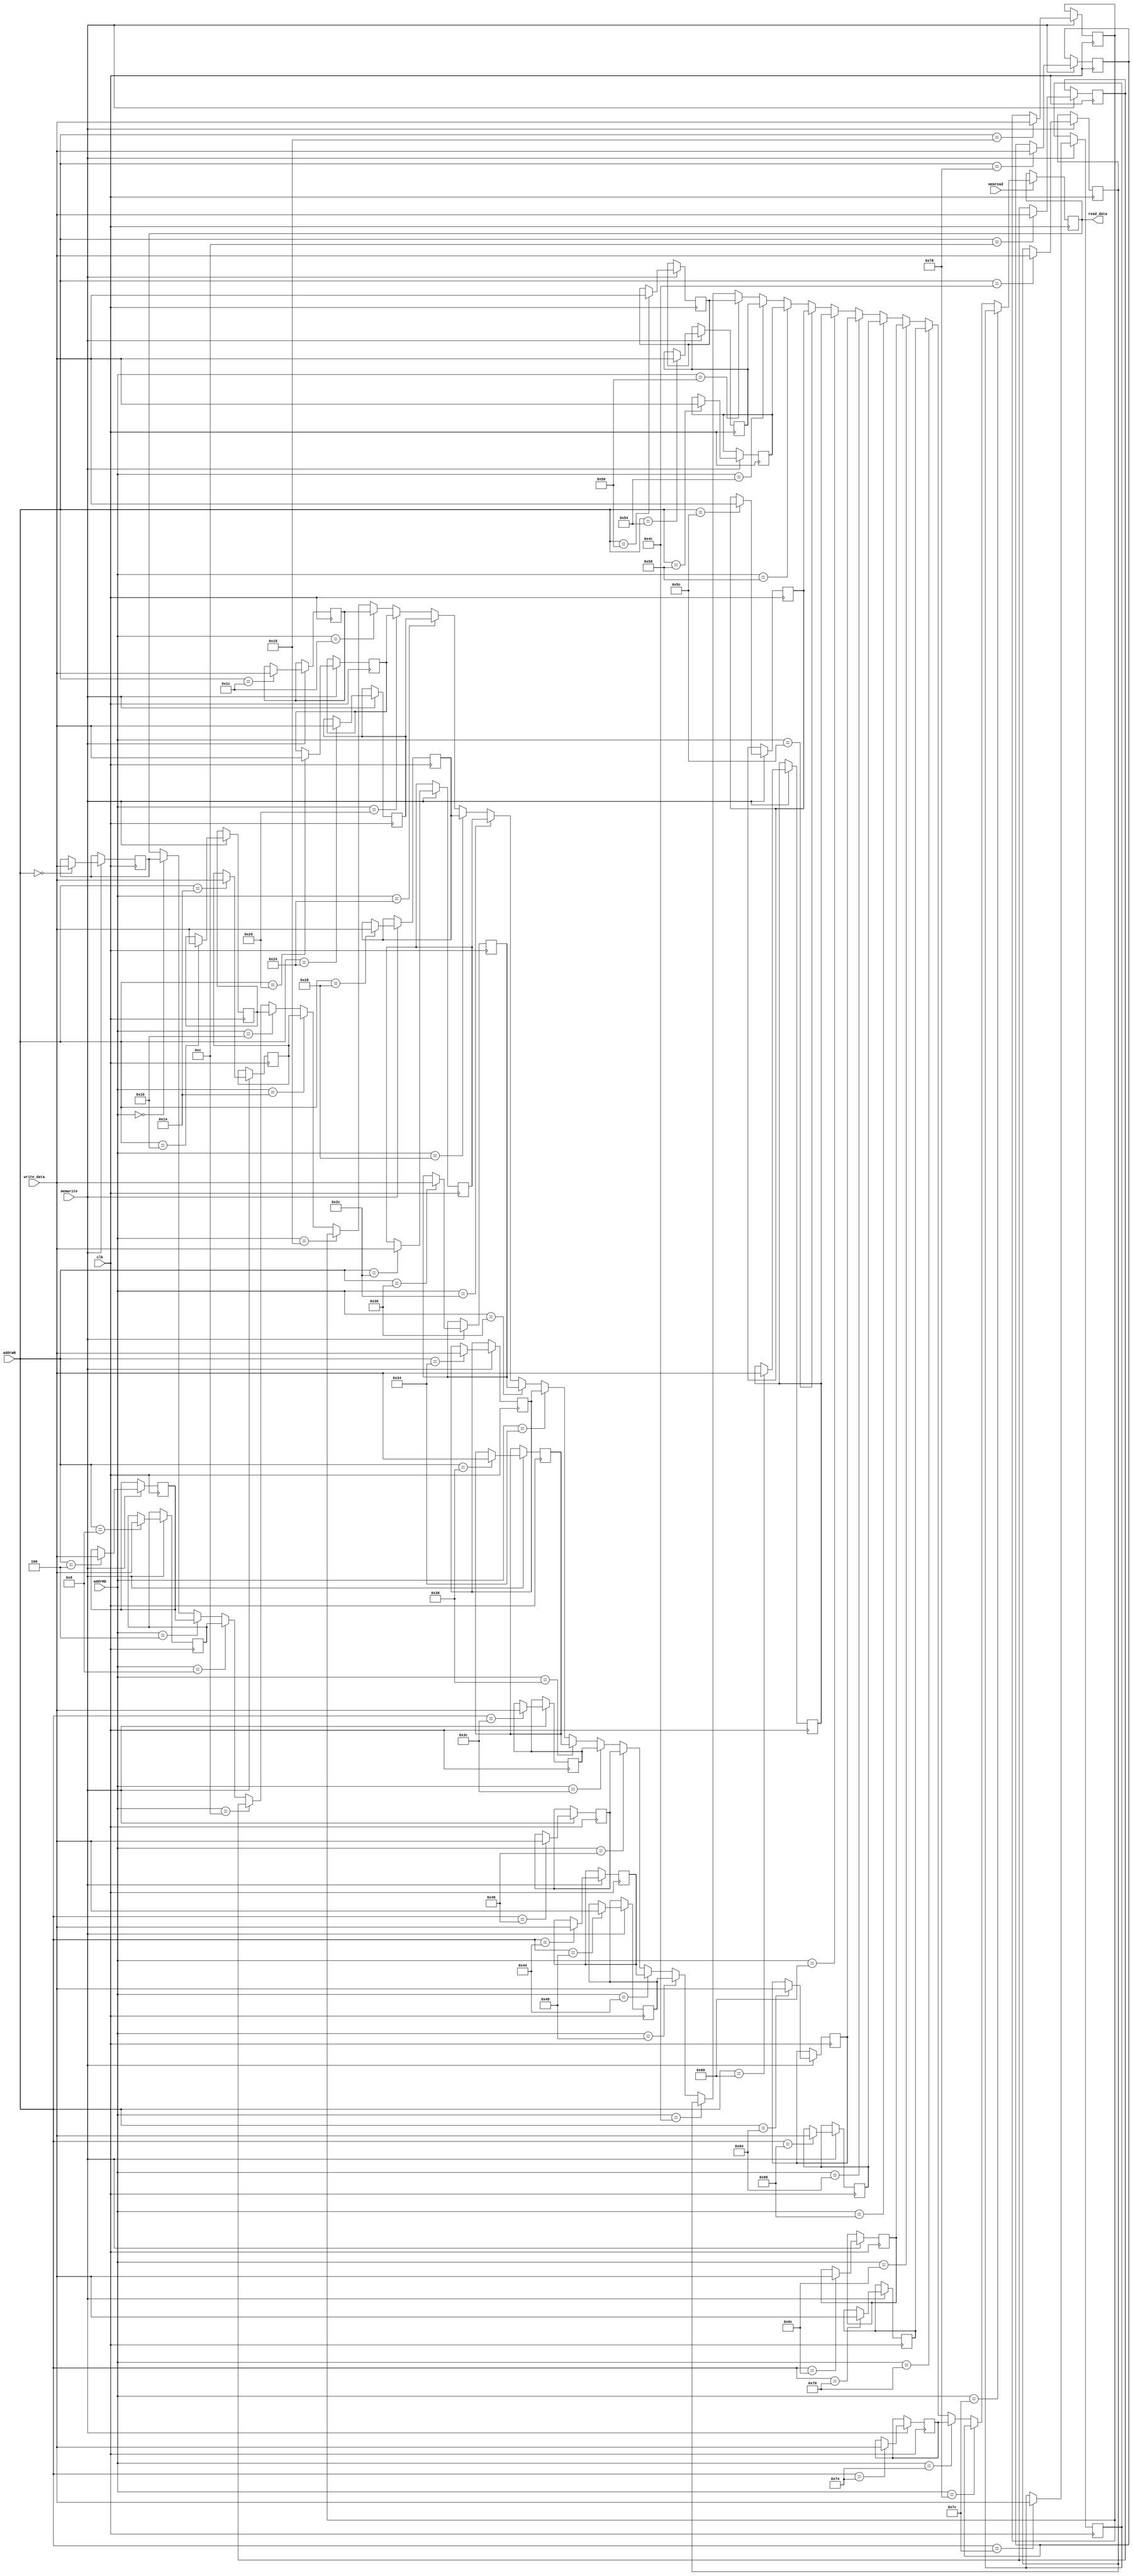
module Memoria(
input wire [31:0] addrRD,                   
input wire [31:0] addrWR,          
input wire [31:0] write_data,   
input wire memwrite, memread,
input wire clk,                  
output reg [31:0] read_data     
);

reg [31:0] MEMO[0:127];  // 128x32

integer i;


initial begin
  read_data <= 0;
  for (i = 0; i < 128; i = i + 1) begin
    MEMO[i] = 0;
  end
end

always @(posedge clk) begin
  if (memread == 1'b1) begin
  
		//Static Data
		if(addrRD == 8'h10000000)begin
			read_data <= MEMO[0];
		end
		if(addrRD == 8'h10000004)begin
			read_data <= MEMO[1];
		end
		if(addrRD == 8'h10000008)begin
			read_data <= MEMO[2];
		end
		if(addrRD == 8'h1000000C)begin
			read_data <= MEMO[3];
		end
		if(addrRD == 8'h10000010)begin
			read_data <= MEMO[4];
		end
		if(addrRD == 8'h10000014)begin
			read_data <= MEMO[5];
		end
		if(addrRD == 8'h10000018)begin
			read_data <= MEMO[6];
		end
		if(addrRD == 8'h1000001C)begin
			read_data <= MEMO[7];
		end
		if(addrRD == 8'h10000020)begin
			read_data <= MEMO[8];
		end
		if(addrRD == 8'h10000024)begin
			read_data <= MEMO[9];
		end
		if(addrRD == 8'h10000028)begin
			read_data <= MEMO[10];
		end
		if(addrRD == 8'h1000002C)begin
			read_data <= MEMO[11];
		end
		if(addrRD == 8'h10000030)begin
			read_data <= MEMO[12];
		end
		if(addrRD == 8'h10000034)begin
			read_data <= MEMO[13];
		end
		if(addrRD == 8'h10000038)begin
			read_data <= MEMO[14];
		end
		if(addrRD == 8'h1000003C)begin
			read_data <= MEMO[15];
		end
		if(addrRD == 8'h10000040)begin
			read_data <= MEMO[16];
		end
		if(addrRD == 8'h10000044)begin
			read_data <= MEMO[17];
		end
		if(addrRD == 8'h10000048)begin
			read_data <= MEMO[18];
		end
		if(addrRD == 8'h1000004C)begin
			read_data <= MEMO[19];
		end
		if(addrRD == 8'h10000050)begin
			read_data <= MEMO[20];
		end
		if(addrRD == 8'h10000054)begin
			read_data <= MEMO[21];
		end
		if(addrRD == 8'h10000058)begin
			read_data <= MEMO[22];
		end
		if(addrRD == 8'h1000005C)begin
			read_data <= MEMO[23];
		end
		if(addrRD == 8'h10000060)begin
			read_data <= MEMO[24];
		end
		if(addrRD == 8'h10000064)begin
			read_data <= MEMO[25];
		end
		if(addrRD == 8'h10000068)begin
			read_data <= MEMO[26];
		end
		if(addrRD == 8'h1000006C)begin
			read_data <= MEMO[27];
		end
		if(addrRD == 8'h10000070)begin
			read_data <= MEMO[28];
		end
		if(addrRD == 8'h10000074)begin
			read_data <= MEMO[29];
		end
		if(addrRD == 8'h10000078)begin
			read_data <= MEMO[30];
		end
		if(addrRD == 8'h1000007C)begin
			read_data <= MEMO[31];
		end
 
  end
end

always @(negedge clk) begin
	if (memwrite == 1'b1) begin
	
	
		//Static Data
		if(addrWR == 8'h10000000)begin
			MEMO[0] <= write_data;
		end
		if(addrWR == 8'h10000004)begin
			MEMO[1] <= write_data;
		end
		if(addrWR == 8'h10000008)begin
			MEMO[2] <= write_data;
		end
		if(addrWR == 8'h1000000C)begin
			MEMO[3] <= write_data;
		end
		if(addrWR == 8'h10000010)begin
			MEMO[4] <= write_data;
		end
		if(addrWR == 8'h10000014)begin
			MEMO[5] <= write_data;
		end
		if(addrWR == 8'h10000018)begin
			MEMO[6] <= write_data;
		end
		if(addrWR == 8'h1000001C)begin
			MEMO[7] <= write_data;
		end
		if(addrWR == 8'h10000020)begin
			MEMO[8] <= write_data;
		end
		if(addrWR == 8'h10000024)begin
			MEMO[9] <= write_data;
		end
		if(addrWR == 8'h10000028)begin
			MEMO[10] <= write_data;
		end
		if(addrWR == 8'h1000002C)begin
			MEMO[11] <= write_data;
		end
		if(addrWR == 8'h10000030)begin
			MEMO[12] <= write_data;
		end
		if(addrWR == 8'h10000034)begin
			MEMO[13] <= write_data;
		end
		if(addrWR == 8'h10000038)begin
			MEMO[14] <= write_data;
		end
		if(addrWR == 8'h1000003C)begin
			MEMO[15] <= write_data;
		end
		if(addrWR == 8'h10000040)begin
			MEMO[16] <= write_data;
		end
		if(addrWR == 8'h10000044)begin
			MEMO[17] <= write_data;
		end
		if(addrWR == 8'h10000048)begin
			MEMO[18] <= write_data;
		end
		if(addrWR == 8'h1000004C)begin
			MEMO[19] <= write_data;
		end
		if(addrWR == 8'h10000050)begin
			MEMO[20] <= write_data;
		end
		if(addrWR == 8'h10000054)begin
			MEMO[21] <= write_data;
		end
		if(addrWR == 8'h10000058)begin
			MEMO[22] <= write_data;
		end
		if(addrWR == 8'h1000005C)begin
			MEMO[23] <= write_data;
		end
		if(addrWR == 8'h10000060)begin
			MEMO[24] <= write_data;
		end
		if(addrWR == 8'h10000064)begin
			MEMO[25] <= write_data;
		end
		if(addrWR == 8'h10000068)begin
			MEMO[26] <= write_data;
		end
		if(addrWR == 8'h1000006C)begin
			MEMO[27] <= write_data;
		end
		if(addrWR == 8'h10000070)begin
			MEMO[28] <= write_data;
		end
		if(addrWR == 8'h10000074)begin
			MEMO[29] <= write_data;
		end
		if(addrWR == 8'h10000078)begin
			MEMO[30] <= write_data;
		end
		if(addrWR == 8'h1000007C)begin
			MEMO[31] <= write_data;
		end
		
	end
end

endmodule